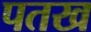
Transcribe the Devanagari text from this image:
पतख